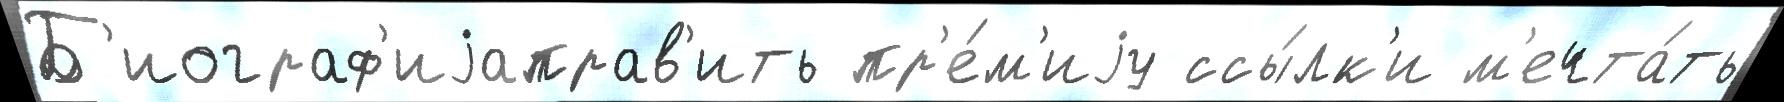
Б'иограф'иjаправ'ить пр'е́м'иjу ссы́лк'и м'ечта́ть